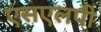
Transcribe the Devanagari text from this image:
एसएलपी